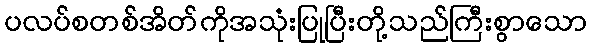
ပလပ်စတစ်အိတ်ကိုအသုံးပြုပြီးတို့သည်ကြီးစွာသော